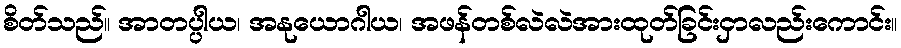
စိတ်သည်။ အာတပ္ပါယ၊ အနုယောဂါယ၊ အဖန်တစ်လဲလဲအားထုတ်ခြင်းငှာလည်းကောင်း။